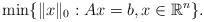
LaTeX: \begin{align*}\min\{\|x\|_0: Ax=b, x\in\mathbb{R}^n\}.\end{align*}